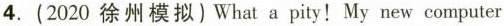
4. (2020徐州模拟) What a pity! My new computer